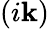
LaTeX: (i\mathbf{k})